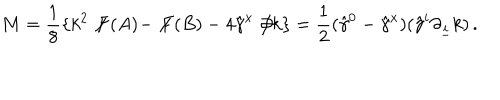
M = \frac { 1 } { 8 } \{ k ^ { 2 } \not \! F ( A ) - \not \! F ( B ) - 4 \hat { \gamma } ^ { x } \not \! \partial k \} = \frac { 1 } { 2 } ( \hat { \gamma } ^ { 0 } - \hat { \gamma } ^ { x } ) ( \hat { \gamma } ^ { i } \partial _ { \underline { { { i } } } } k ) \, .